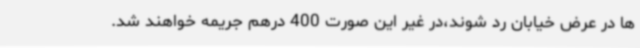
ها در عرض خیابان رد شوند،در غیر این صورت 400 درهم جریمه خواهند شد.